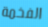
الفخمة